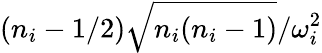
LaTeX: {(n_{i}-1/2)}\sqrt{n_{i}(n_{i}-1)}/{\omega_{i}^{2}}